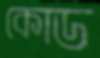
কোড